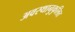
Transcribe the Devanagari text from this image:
अवस्थानुकुलित